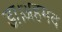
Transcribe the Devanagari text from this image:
डा।अहमद